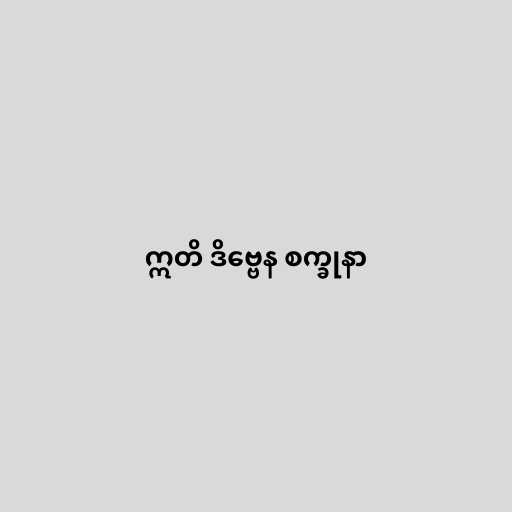
ဣတိ ဒိဗ္ဗေန စက္ခုနာ